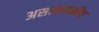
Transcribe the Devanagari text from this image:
असत्यापनीय